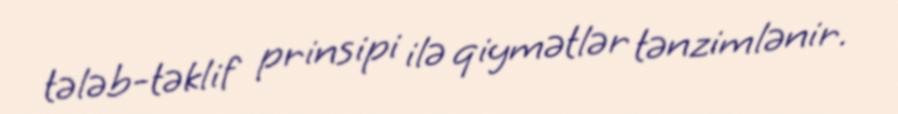
tələb-təklif prinsipi ilə qiymətlər tənzimlənir.